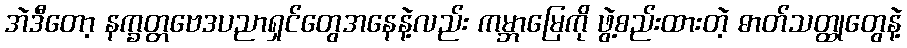
အဲဒီတော့ နက္ခတ္တဗေဒပညာရှင်တွေအနေနဲ့လည်း ကမ္ဘာမြေကို ဖွဲ့စည်းထားတဲ့ ဓာတ်သတ္ထုတွေနဲ့